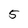
Character: 5